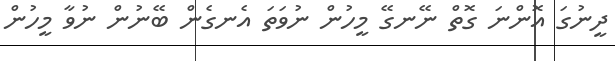
ދީނުގަ އޮންނަ ގޮތް ނޭނގޭ މީހުން ނުވަތަ އެނގެން ބޭނުން ނުވާ މީހުން